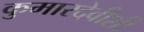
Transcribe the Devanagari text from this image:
कुमारदेवीशी